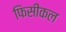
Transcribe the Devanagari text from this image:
फिसीकल